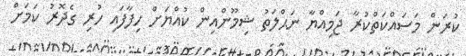
ކުރަން މަސައްކަތްކުރާ ޖަމިއްޔާ ނަޙްލަތު ޝިމޫންއިން ކުއްޔަށް ހިފާފައި ހުރި ގެދޮރު ކަމަށް